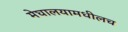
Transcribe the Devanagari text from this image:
मेघालयामधीलच